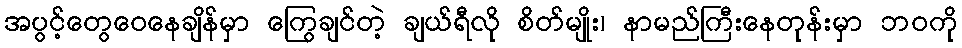
အပွင့်တွေဝေနေချိန်မှာ ကြွေချင်တဲ့ ချယ်ရီလို စိတ်မျိုး၊ နာမည်ကြီးနေတုန်းမှာ ဘဝကို